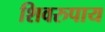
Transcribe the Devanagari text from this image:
शिवरुपाय